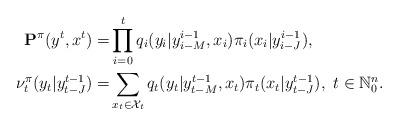
LaTeX: \begin{align*}{\bf P}^{\pi}(y^t, x^t) =&\prod_{i=0}^tq_i(y_i|y_{i-M}^{i-1}, x_i)\pi_i(x_i|y_{i-J}^{i-1}), \\\nu_t^{\pi}(y_t|y_{t-J}^{t-1}) =&\sum_{x_t\in{\cal X}_t} q_t(y_t|y_{t-M}^{t-1}, x_t)\pi_t(x_t|y_{t-J}^{t-1}),~t\in\mathbb{N}_0^{n}.\end{align*}